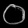
Digit: ၀